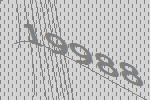
19988